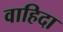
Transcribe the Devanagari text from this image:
वाहिदा